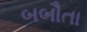
બબૌતા